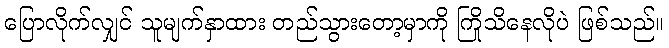
ပြောလိုက်လျှင် သူမျက်နှာထား တည်သွားတော့မှာကို ကြိုသိနေလိုပဲ ဖြစ်သည်။